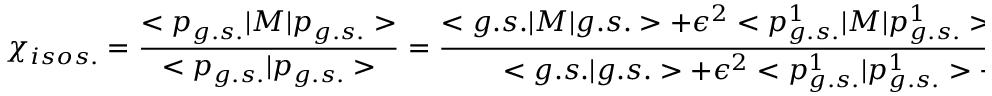
\chi _ { i s o s . } = \frac { < p _ { g . s . } | M | p _ { g . s . } > } { < p _ { g . s . } | p _ { g . s . } > } = \frac { < g . s . | M | g . s . > + \epsilon ^ { 2 } < p _ { g . s . } ^ { 1 } | M | p _ { g . s . } ^ { 1 } > + \epsilon ^ { 4 } < p _ { g . s . } ^ { 2 } | M | p _ { g . s . } ^ { 2 } > + \ldots } { < g . s . | g . s . > + \epsilon ^ { 2 } < p _ { g . s . } ^ { 1 } | p _ { g . s . } ^ { 1 } > + \epsilon ^ { 4 } < p _ { g . s . } ^ { 2 } | p _ { g . s . } ^ { 2 } > + \ldots } \quad .